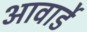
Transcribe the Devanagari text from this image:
आवार्डे